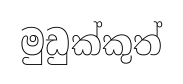
මුඩුක්කුත්